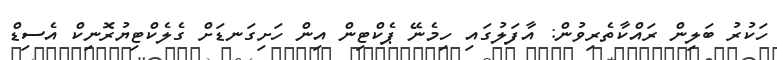
ހަކުރު ބަލިން ރައްކާތެރިވުން: އާފަލުގައި ހިމެނޭ ޕެކްޓިން އިން ހަށިގަނޑަށް ގެލެކްޓިޔުރޮނިކް އެސިޑް